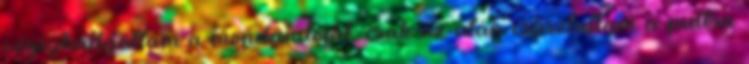
végighallgattam a mondandóját, csak az után csúsztattam a pultra